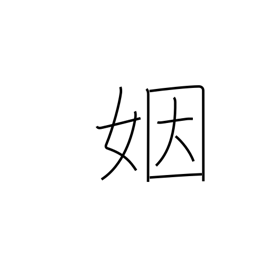
Meaning: matrimony